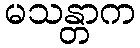
မသန္တာက